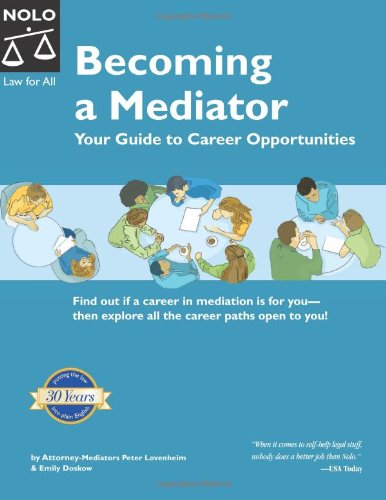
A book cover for Becoming a Mediator: Your Guide to Career Opportunities; Peter Lovenheim; Law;